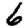
Digit: 6